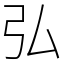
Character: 弘